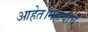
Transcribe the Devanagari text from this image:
आहेत।महत्वाचे